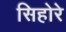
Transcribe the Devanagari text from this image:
सिहोरे